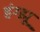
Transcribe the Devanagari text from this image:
हंग्झू